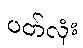
ပတ်လုံး